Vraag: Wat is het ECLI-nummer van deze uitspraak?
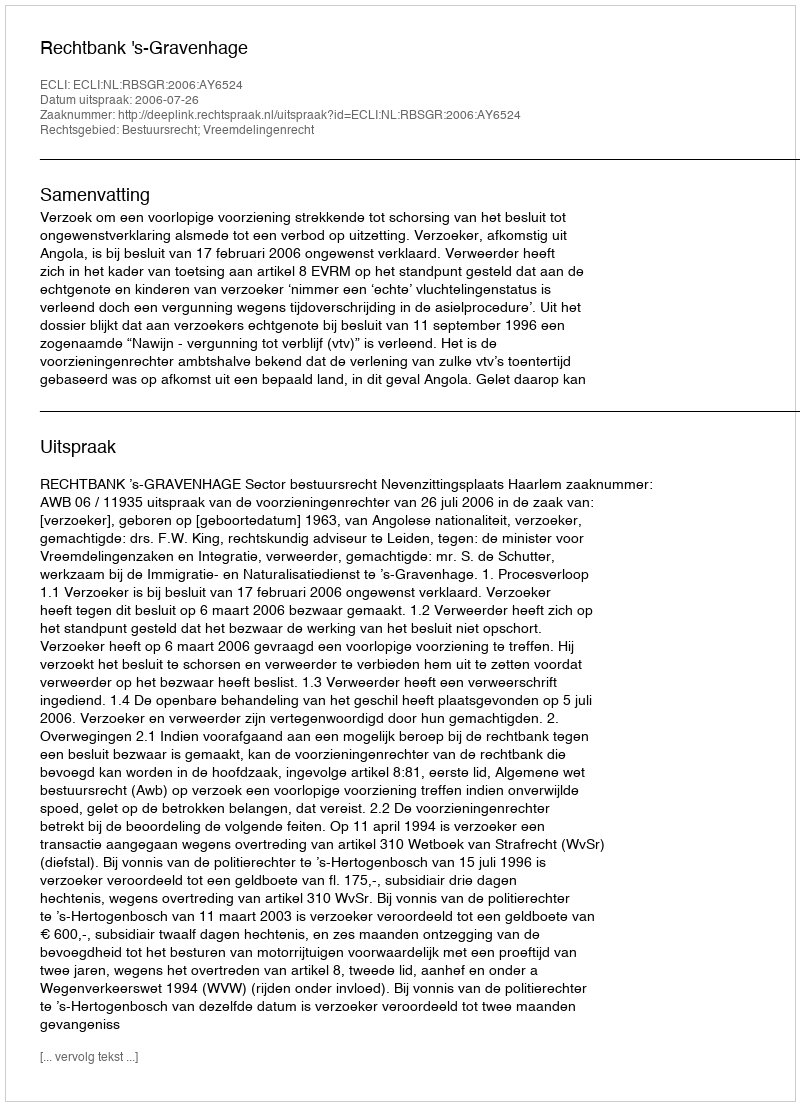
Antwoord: ECLI:NL:RBSGR:2006:AY6524